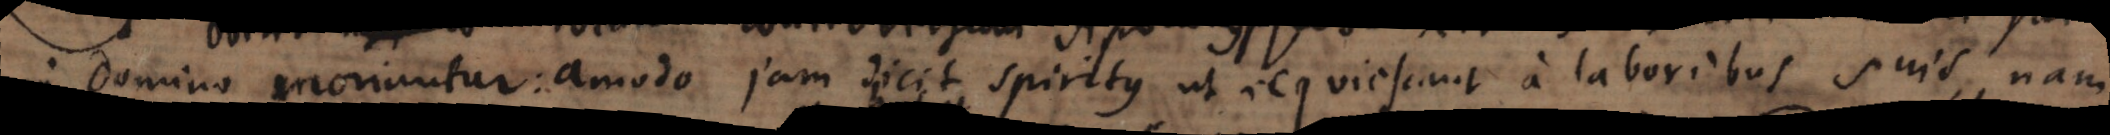
Domino moriuntur: amodo jam dicit Spiritus ut requiescant a laboribus suis, nam